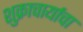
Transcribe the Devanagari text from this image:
शुक्राचार्याचा